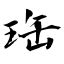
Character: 珤